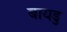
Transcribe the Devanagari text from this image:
बायडु